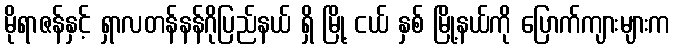
မိုရာဇန်နှင့် ရှာလတန်နန်ဂိုပြည်နယ် ရှိ မြို့ ငယ် နှစ် မြို့နယ်ကို ပြောက်ကျားများက